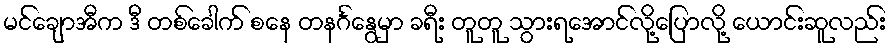
မင်ချောအီက ဒီ တစ်ခေါက် စနေ တနင်္ဂနွေမှာ ခရီး တူတူ သွားရအောင်လို့ပြောလို့ ယောင်းဆူလည်း